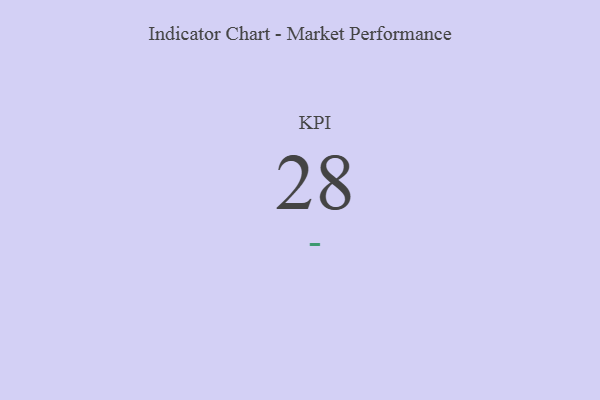
{"axis": {"x": "KPI", "y": "Value"}, "legend": [""], "data": [{"x": "KPI", "y": 28, "type": ""}]}